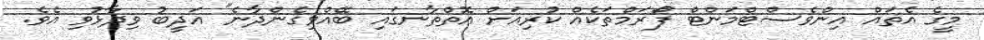
މީގެ އެތައް އިންވެސްޓްމަންޓް ފޯރަމްތަކެއް ކުރިއަށް އޮތްތާނގައި ބޭއްވިގެންދާނެ" އަދީބު ވިދާޅުވި އެވެ.